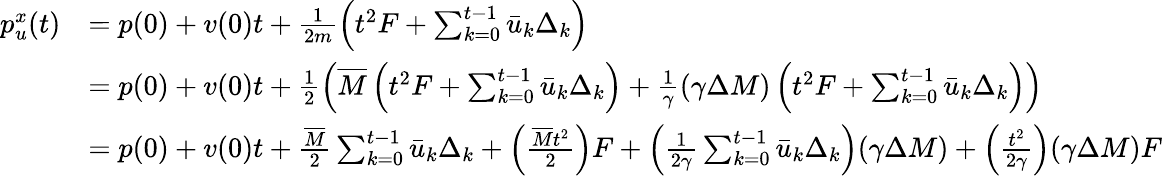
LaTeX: \begin{array}{rl}{p_{u}^{x}(t)}&{=p(0)+v(0)t+\frac{1}{2m}\left(t^{2}F+\sum_{k=0}^{t-1}\bar{u}_{k}\Delta_{k}\right)}\\ &{=p(0)+v(0)t+\frac{1}{2}\left(\overline{{M}}\left(t^{2}F+\sum_{k=0}^{t-1}\bar{u}_{k}\Delta_{k}\right)+\frac{1}{\gamma}(\gamma\Delta M)\left(t^{2}F+\sum_{k=0}^{t-1}\bar{u}_{k}\Delta_{k}\right)\right)}\\ &{=p(0)+v(0)t+\frac{\overline{{M}}}{2}\sum_{k=0}^{t-1}\bar{u}_{k}\Delta_{k}+\left(\frac{\overline{{M}}t^{2}}{2}\right)F+\left(\frac{1}{2\gamma}\sum_{k=0}^{t-1}\bar{u}_{k}\Delta_{k}\right)(\gamma\Delta M)+\left(\frac{t^{2}}{2\gamma}\right)(\gamma\Delta M)F}\end{array}